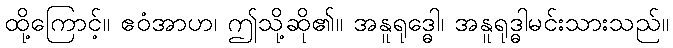
ထို့ကြောင့်။ ဧဝံအာဟ၊ ဤသို့ဆို၏။ အနူရုဒ္ဓေါ၊ အနူရုဒ္ဓါမင်းသားသည်။